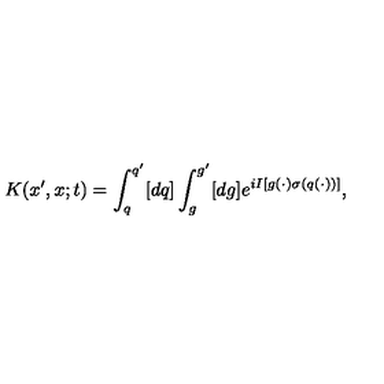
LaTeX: K ( x ^ { \prime } , x ; t ) = \int _ { q } ^ { q ^ { \prime } } [ d q ] \int _ { g } ^ { g ^ { \prime } } [ d g ] e ^ { i I [ g ( \cdot ) \sigma ( q ( \cdot ) ) ] } ,